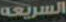
السريعة